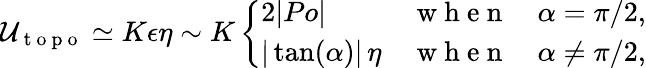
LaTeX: \mathcal{U}_{\mathrm{~t~o~p~o~}}\simeq K\epsilon\eta\sim K\left\{ \begin{array}{ll}{2|Po|}&{\mathrm{~w~h~e~n~}\quad\alpha=\pi/2,}\\ {|\tan(\alpha)|\, \eta}&{\mathrm{~w~h~e~n~}\quad\alpha\neq\pi/2,}\end{array}\right.